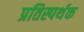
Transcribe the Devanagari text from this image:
प्रतिस्पर्थक